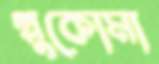
গ্লুকোমা